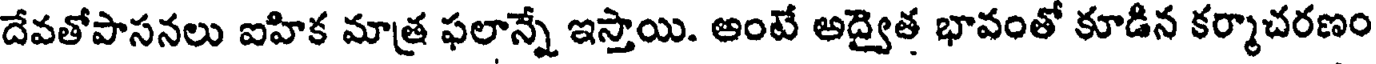
దేవతోపాసనలు ఐహిక మాత్ర ఫలాన్నే ఇస్తాయి. అంటే అద్వైత భావంతో కూడిన కర్మాచరణం